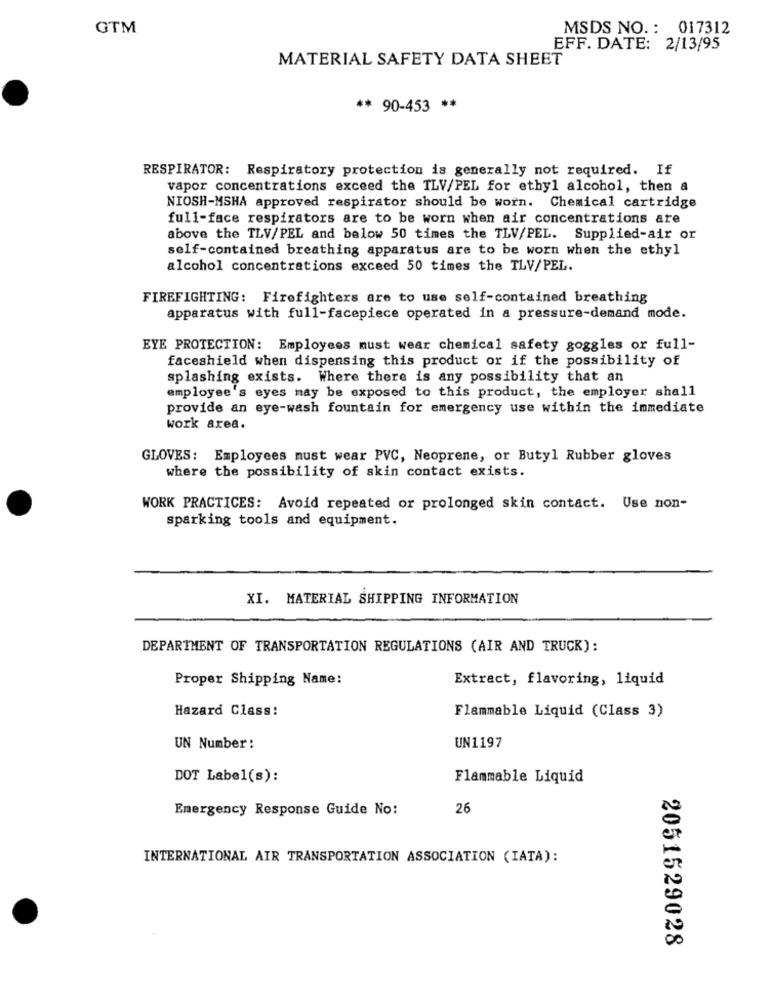
GTM
MSDS NO. : 017312
EFF. DATE: 2/13/95
MATERIAL SAFETY DATA SHEET
** 90-453 **
RESPIRATOR: Respiratory protection is generally not required. If
vapor concentrations exceed the TLV/PEL for ethyl alcohol, then a
NIOSH-MSHA approved respirator should be worn. Chemical cartridge
full-face respirators are to be worn when air concentrations are
above the TLV/PEL and below 50 times the TLV/PEL. Supplied-air or
self-contained breathing apparatus are to be worn when the ethyl
alcohol concentrations exceed 50 times the TLV/PEL.
FIREFIGHTING: Firefighters are to use self-contained breathing
apparatus with full-facepiece operated in a pressure-demand mode.
EYE PROTECTION: Employees must wear chemical safety goggles or full-
faceshield when dispensing this product or if the possibility of
splashing exists. Where there is any possibility that an
employee's eyes may be exposed to this product, the employer shall
provide an eye-wash fountain for emergency use within the immediate
work area.
GLOVES: Employees must wear PVC, Neoprene, or Butyl Rubber gloves
where the possibility of skin contact exists.
WORK PRACTICES: Avoid repeated or prolonged skin contact. Use non-
sparking tools and equipment.
XI. MATERIAL SHIPPING INFORMATION
DEPARTMENT OF TRANSPORTATION REGULATIONS (AIR AND TRUCK):
Proper Shipping Name:
Extract, flavoring, liquid
Hazard Class:
Flammable Liquid (Class 3)
UN Number:
UN1197
DOT Label(s):
Flammable Liquid
Emergency Response Guide No:
26
INTERNATIONAL AIR TRANSPORTATION ASSOCIATION (IATA):
2051529028